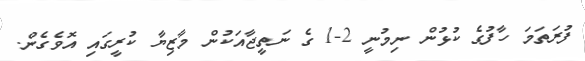
ފުރަތަމަ ހާފުގެ ކުޅުން ނިމުނީ 2-1 ގެ ނަތީޖާއަކުން މާޒިޔާ ކުރީގައި އޮވެގެން.